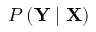
P \left( \mathbf { Y } \mid \mathbf { X } \right)